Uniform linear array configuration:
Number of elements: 24
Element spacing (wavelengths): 0.25
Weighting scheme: hamming
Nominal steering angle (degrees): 45
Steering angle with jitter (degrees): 46.727
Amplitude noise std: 0.05
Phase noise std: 0.05

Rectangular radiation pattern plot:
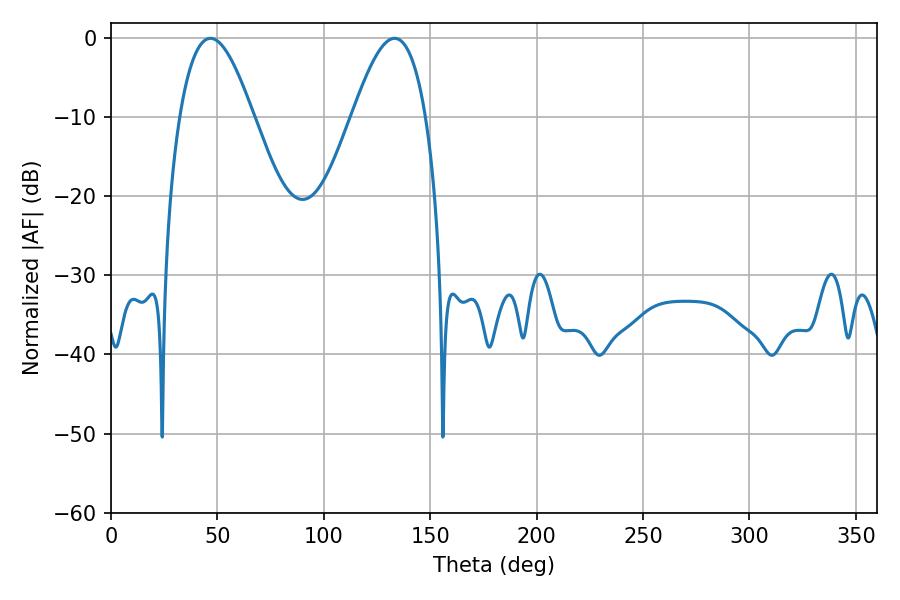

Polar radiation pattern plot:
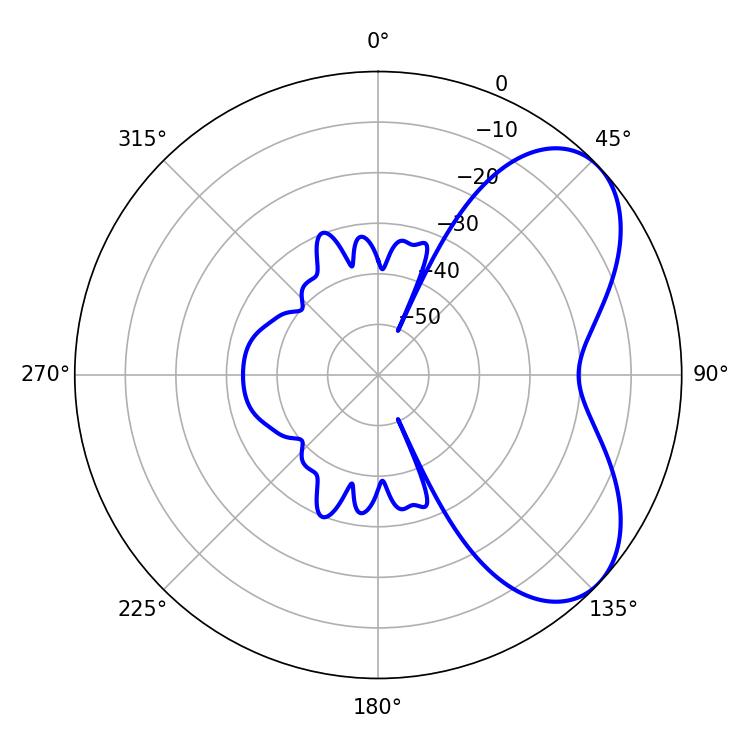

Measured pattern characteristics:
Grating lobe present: FALSE
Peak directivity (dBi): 5.731
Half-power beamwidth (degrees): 18.9
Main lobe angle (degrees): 46.8